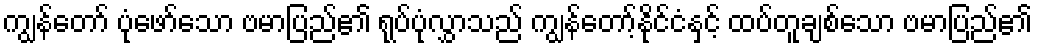
ကျွန်တော် ပုံဖော်သော ဗမာပြည်၏ ရုပ်ပုံလွှာသည် ကျွန်တော့်နိုင်ငံနှင့် ထပ်တူချစ်သော ဗမာပြည်၏